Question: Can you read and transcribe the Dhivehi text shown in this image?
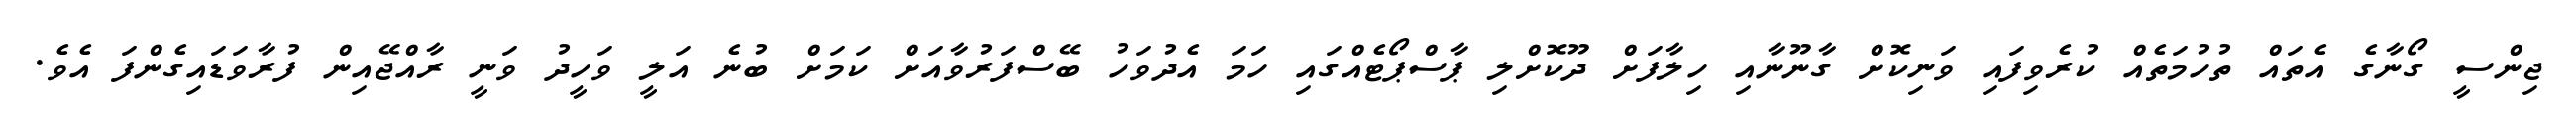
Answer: ޖިންސީ ގޯނާގެ އެތައް ތުހުމަތެއް ކުރެވިފައި ވަނިކޮށް ގާނޫނާއި ހިލާފަށް ދޫކޮށްލި ޕާސްޕޯޓެއްގައި ހަމަ އެދުވަހު ބޭސްފަރުވާއަށް ކަމަށް ބުނެ އަލީ ވަހީދު ވަނީ ރާއްޖޭއިން ފުރާވަޑައިގެންފަ އެވެ.